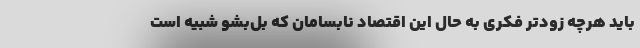
باید هرچه زودتر فکری به حال این اقتصاد نابسامان که بل‌بشو شبیه است